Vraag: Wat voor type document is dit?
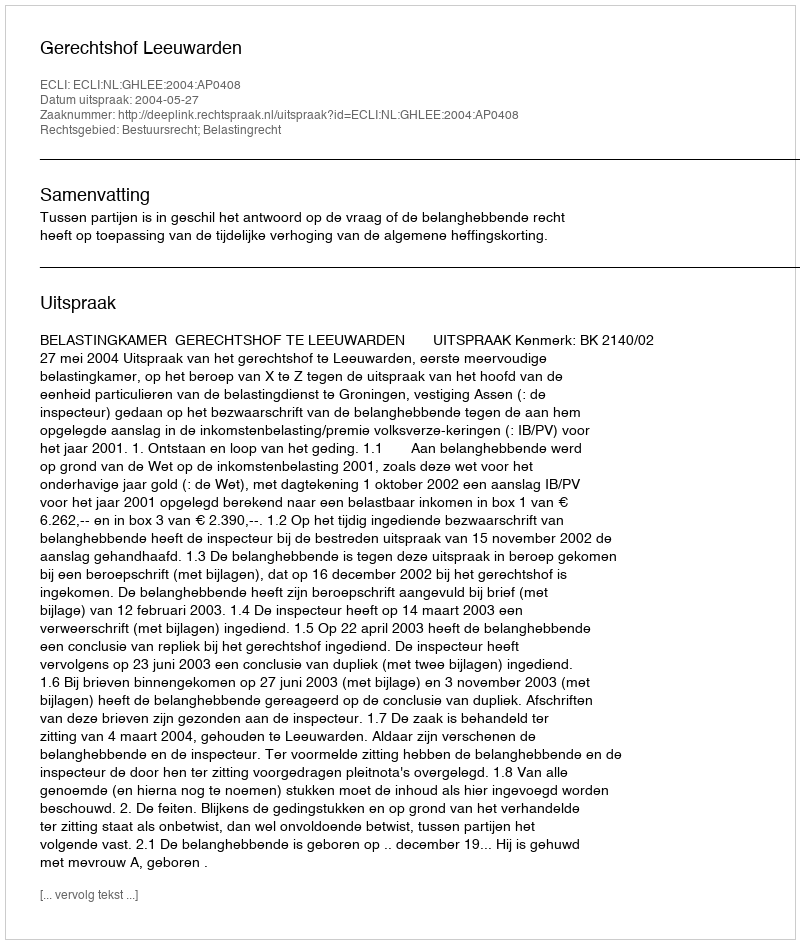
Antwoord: Uitspraak